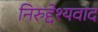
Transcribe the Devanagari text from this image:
निरुद्देश्यवाद